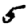
Digit: 5